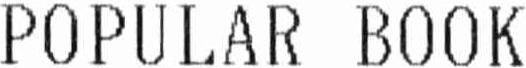
POPULAR BOOK